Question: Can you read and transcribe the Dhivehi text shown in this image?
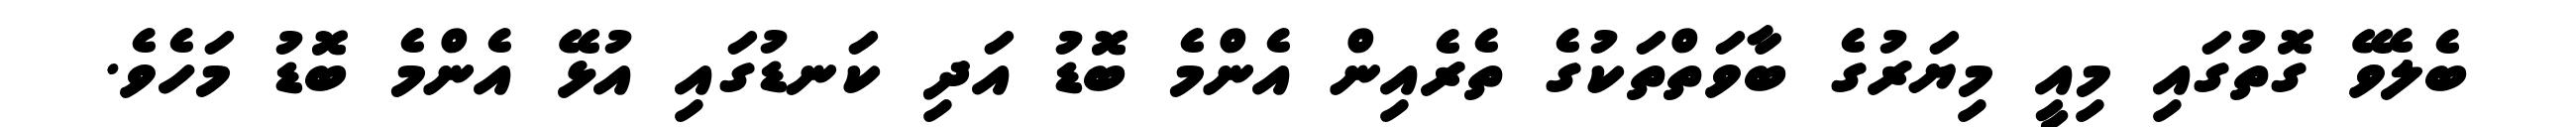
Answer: ބެލެވޭ ގޮތުގައި މިއީ މިޔަރުގެ ބާވަތްތަކުގެ ތެރެއިން އެންމެ ބޮޑު އަދި ކަނޑުގައި އުޅޭ އެންމެ ބޮޑު މަހެވެ.